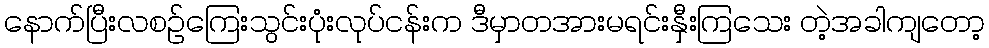
နောက်ပြီးလစဉ်ကြေးသွင်းပုံးလုပ်ငန်းက ဒီမှာတအားမရင်းနှီးကြသေး တဲ့အခါကျတော့